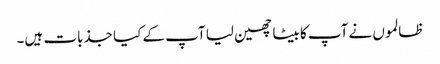
ظالموں نے آپ کا بیٹا چھین لیا آپ کے کیا جذبات ہیں۔